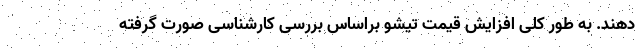
دهند. به طور کلی افزایش قیمت تیشو براساس بررسی کارشناسی صورت گرفته